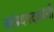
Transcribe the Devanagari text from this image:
कांस्यपदकांची